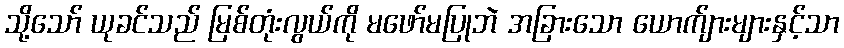
သို့သော် ယုခင်သည် မြစ်တုံးလွယ်ကို မဖော်မပြုဘဲ အခြားသော ယောက်ျားများနှင့်သာ